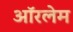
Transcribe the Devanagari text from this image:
ऑरलेम